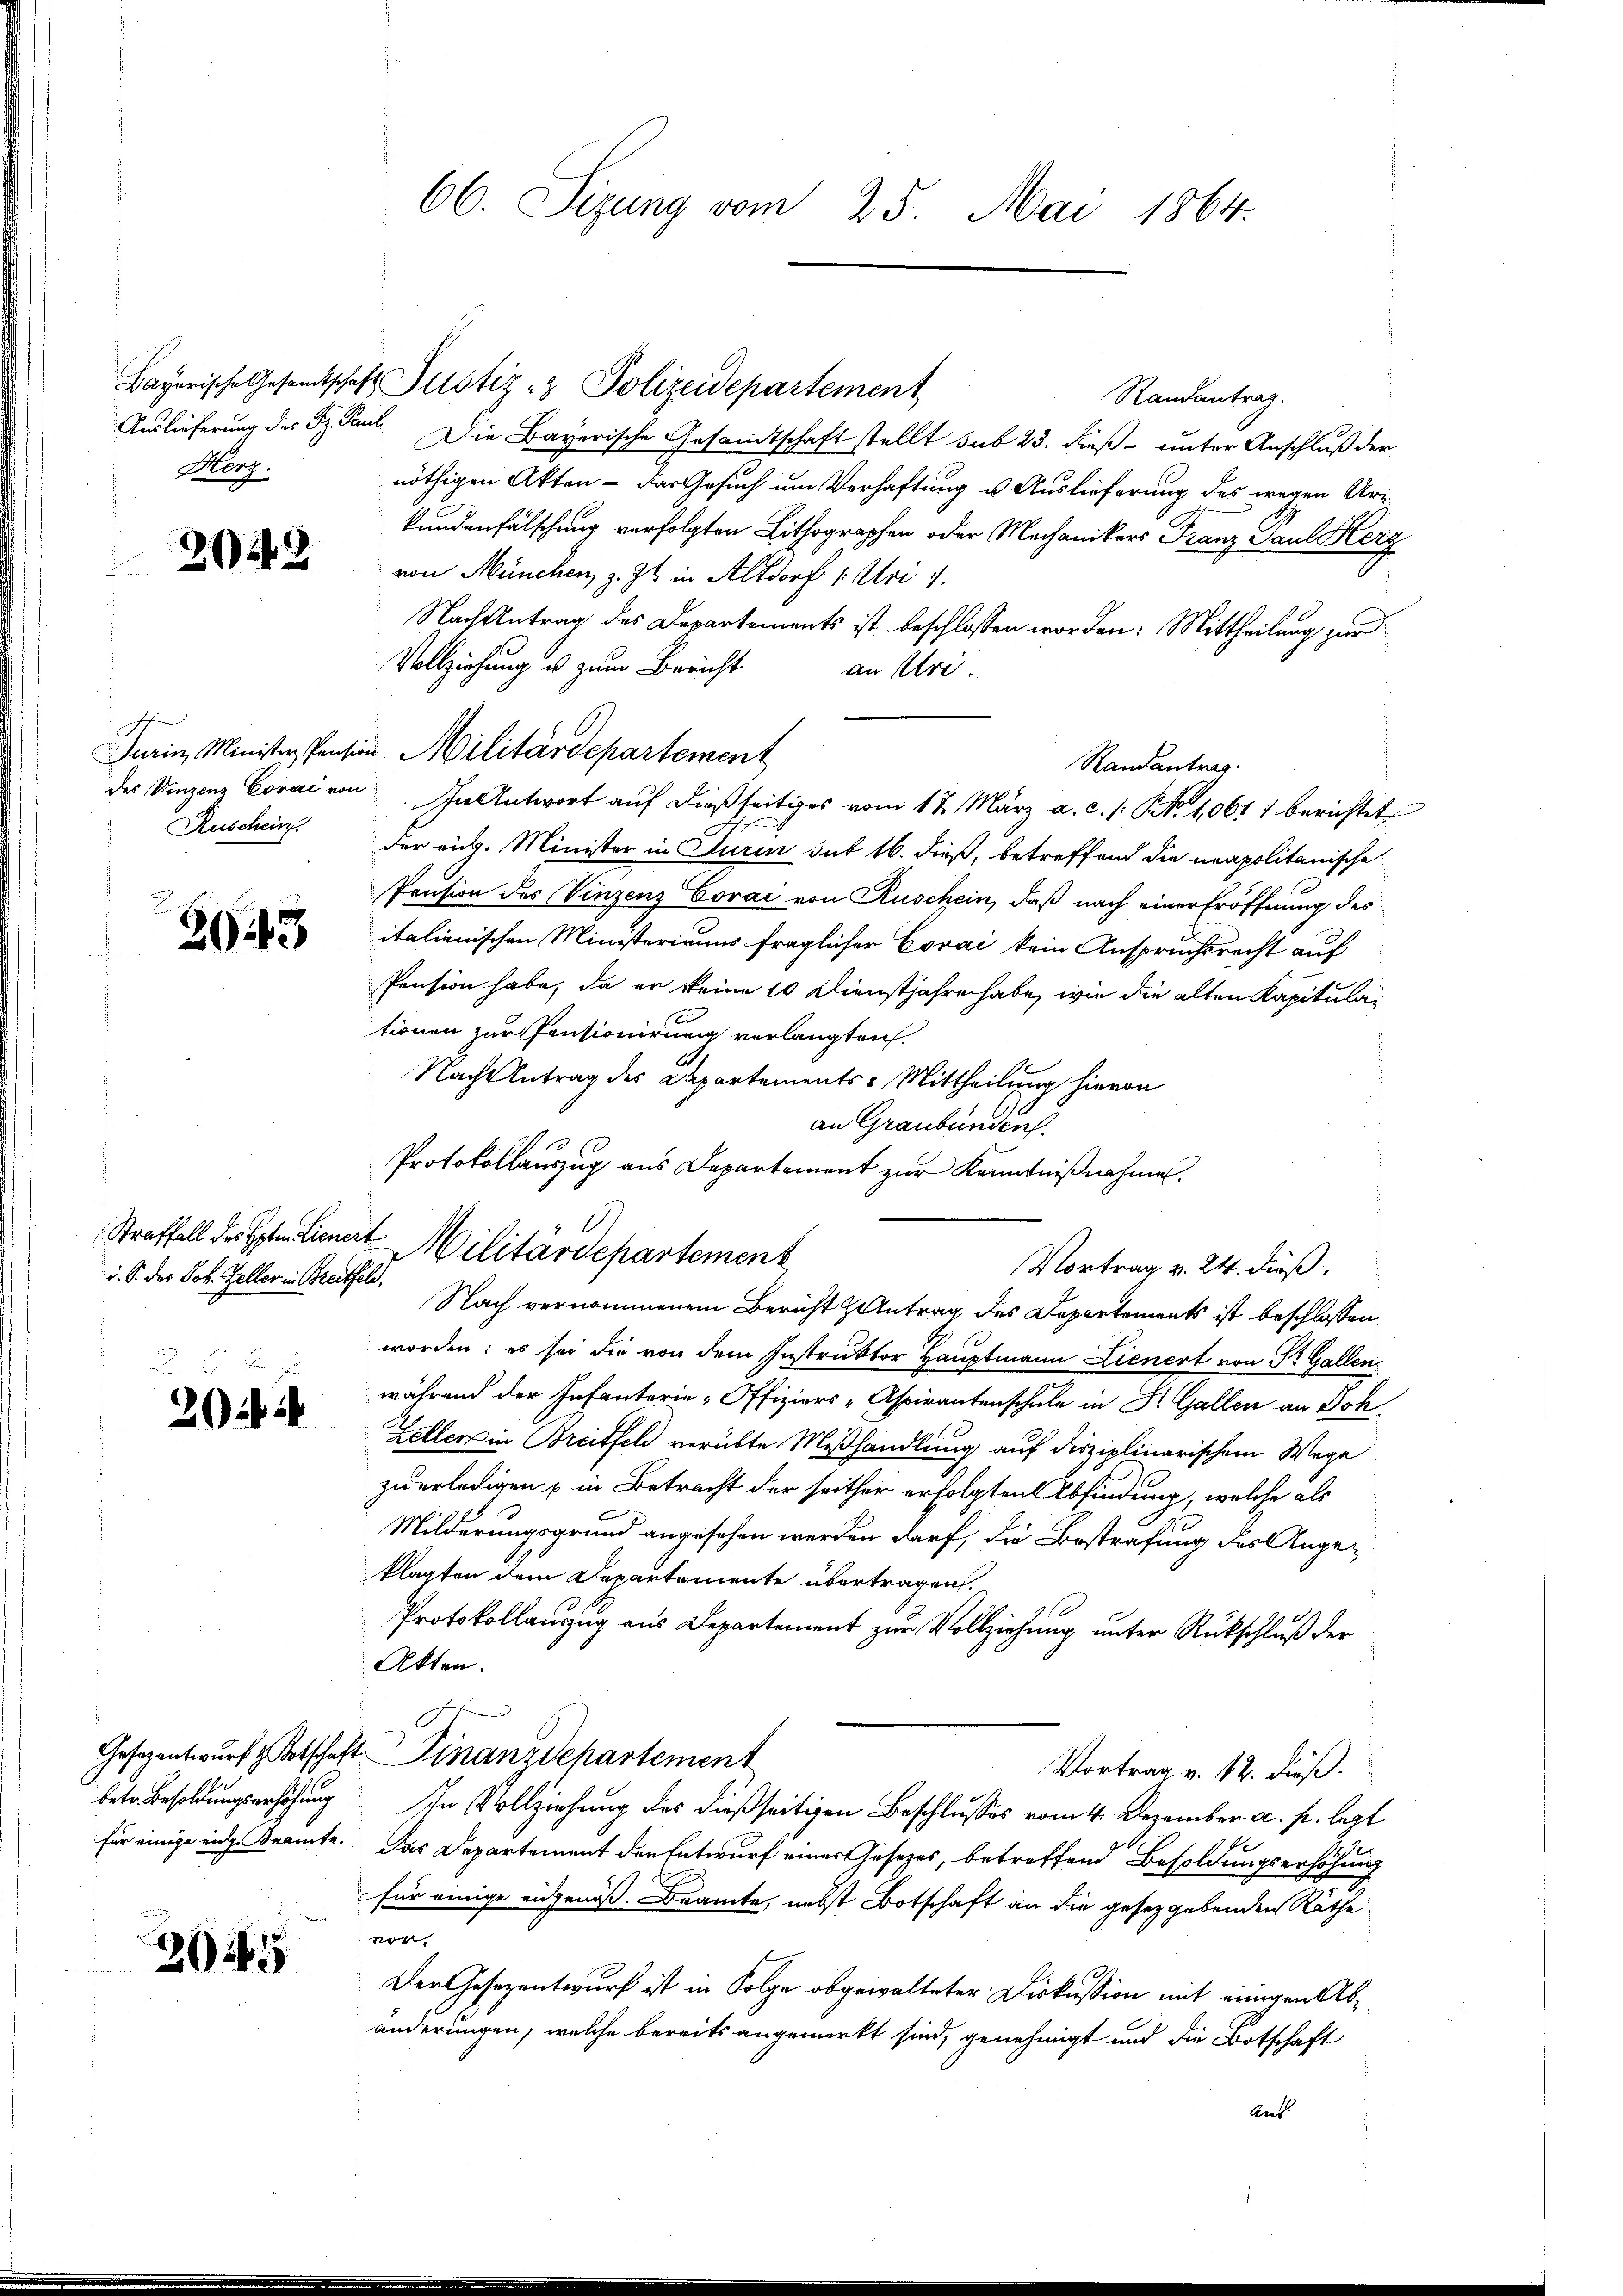
Horz.

20

Ruschein.

2043

d. S. des Joh. Zeller in Breitfeld.

xx
202

betr. Besoldungserhöhung
für einige in z. Beamte.

2

66. Sizung vom 25. Mai 1864.

Bayerische Gesandtschaft Justiz- & Polizeidepartement
Randantrag.
Auslieferung des S. Paul Die Bayerische Gesandtschaft stellt sub 23. dieß unter Anschluß der
nöthigen Akten - das Gesuch um Verhaftung u. Auslieferung des wegen Urkundenfälschung verfolgten Lithographen oder Mechanikers Franz Paul Herz
von München, z. Zt. in Altdorf 1. Uri 7.
Nach Antrag des Departements ist beschlossen worden: Mittheilung zur
Vollziehung u zum Bericht
an Uri
Turin, Minister Pension Militärdepartement
des Vinzenz Corai von Ihn Antwort auf dießseitiges vom 17. März a. c. s. NNo. 1,0617 berichtet
der eich. Minister in Turin sub 16. dieß, betreffend die neapolitanische
Prusion des Vinzenz Covai von Ruschein, daß nach einer Eröffnung des
italienischen Ministeriums fraglicher Corai kein Anspruchsrecht auf
Pension habe, da er keine 10 Dienstjahren habe, wie die alten Kapitulationen zur Pensionirung verlangten.
Nach Antrag des Departements-Mittheilung hievon
an Graubünden.
Protokollauszug aus Departement zur Kenntnißnahme.
Vortrag v. 24. dieß.
Nach vernommenem Bericht antrag des Departements ist beschlossen,
worden: es sei die von dem Instruktor Hauptmann Lienert von Dr. Gallen
während der Infanterie-Offiziers-Aspirantenschule in St. Gallen an Dok
Zellen in Breitfeld verübte Mißhandlung auf disziplinarischem Wege
zu erledigen in Betracht der seither erfolgten Abfindung, welche als
Milderungsgrund angesehen werden darf, die Bestrafung des Angeklagten dem Departemente übertragen.
Protokollauzug aus Departement zur Vollziehung unter Rückschluß der
Akten.
Gesezentwurf & Kotschaft Finanzdepartement
Vortrag v. 12. dieß.
In Vollziehung des dießseitigen Beschlusses vom 4. Dezember a. p. lezt
Das Departement den Entwurf einer Gesetzes, betreffend Besoldungserhöhung
für einige eingenoß. Dramte, nebst Botschaft an die gesetzgebenden Räthe
vor
Der Gesezentwurf ist in Folge obgewalteter Diskussion mit einigen Abänderungen, welche bereits angemerkt sind, genehmigt und die Botschaft
Ant

d
Straffall der Peten Lienert Militärdepartement

Randantrag.